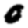
Digit: 0